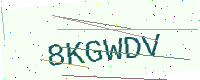
Text: 8KGWDV